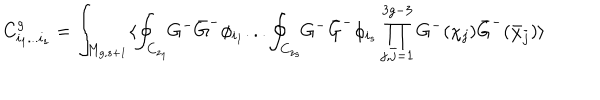
C _ { i _ { 1 } . . . i _ { s } } ^ { g } = \int _ { M _ { g , s + 1 } } \langle \oint _ { C _ { z _ { 1 } } } \! \! G ^ { - } { \bar { G } } ^ { - } \phi _ { i _ { 1 } } . . . \oint _ { C _ { z _ { s } } } \! \! G ^ { - } { \bar { G } } ^ { - } \phi _ { i _ { s } } \prod _ { j , { \bar { j } } = 1 } ^ { 3 g - 3 } G ^ { - } ( \chi _ { j } ) { \bar { G } } ^ { - } ( { \bar { \chi } } _ { \bar { j } } ) \rangle